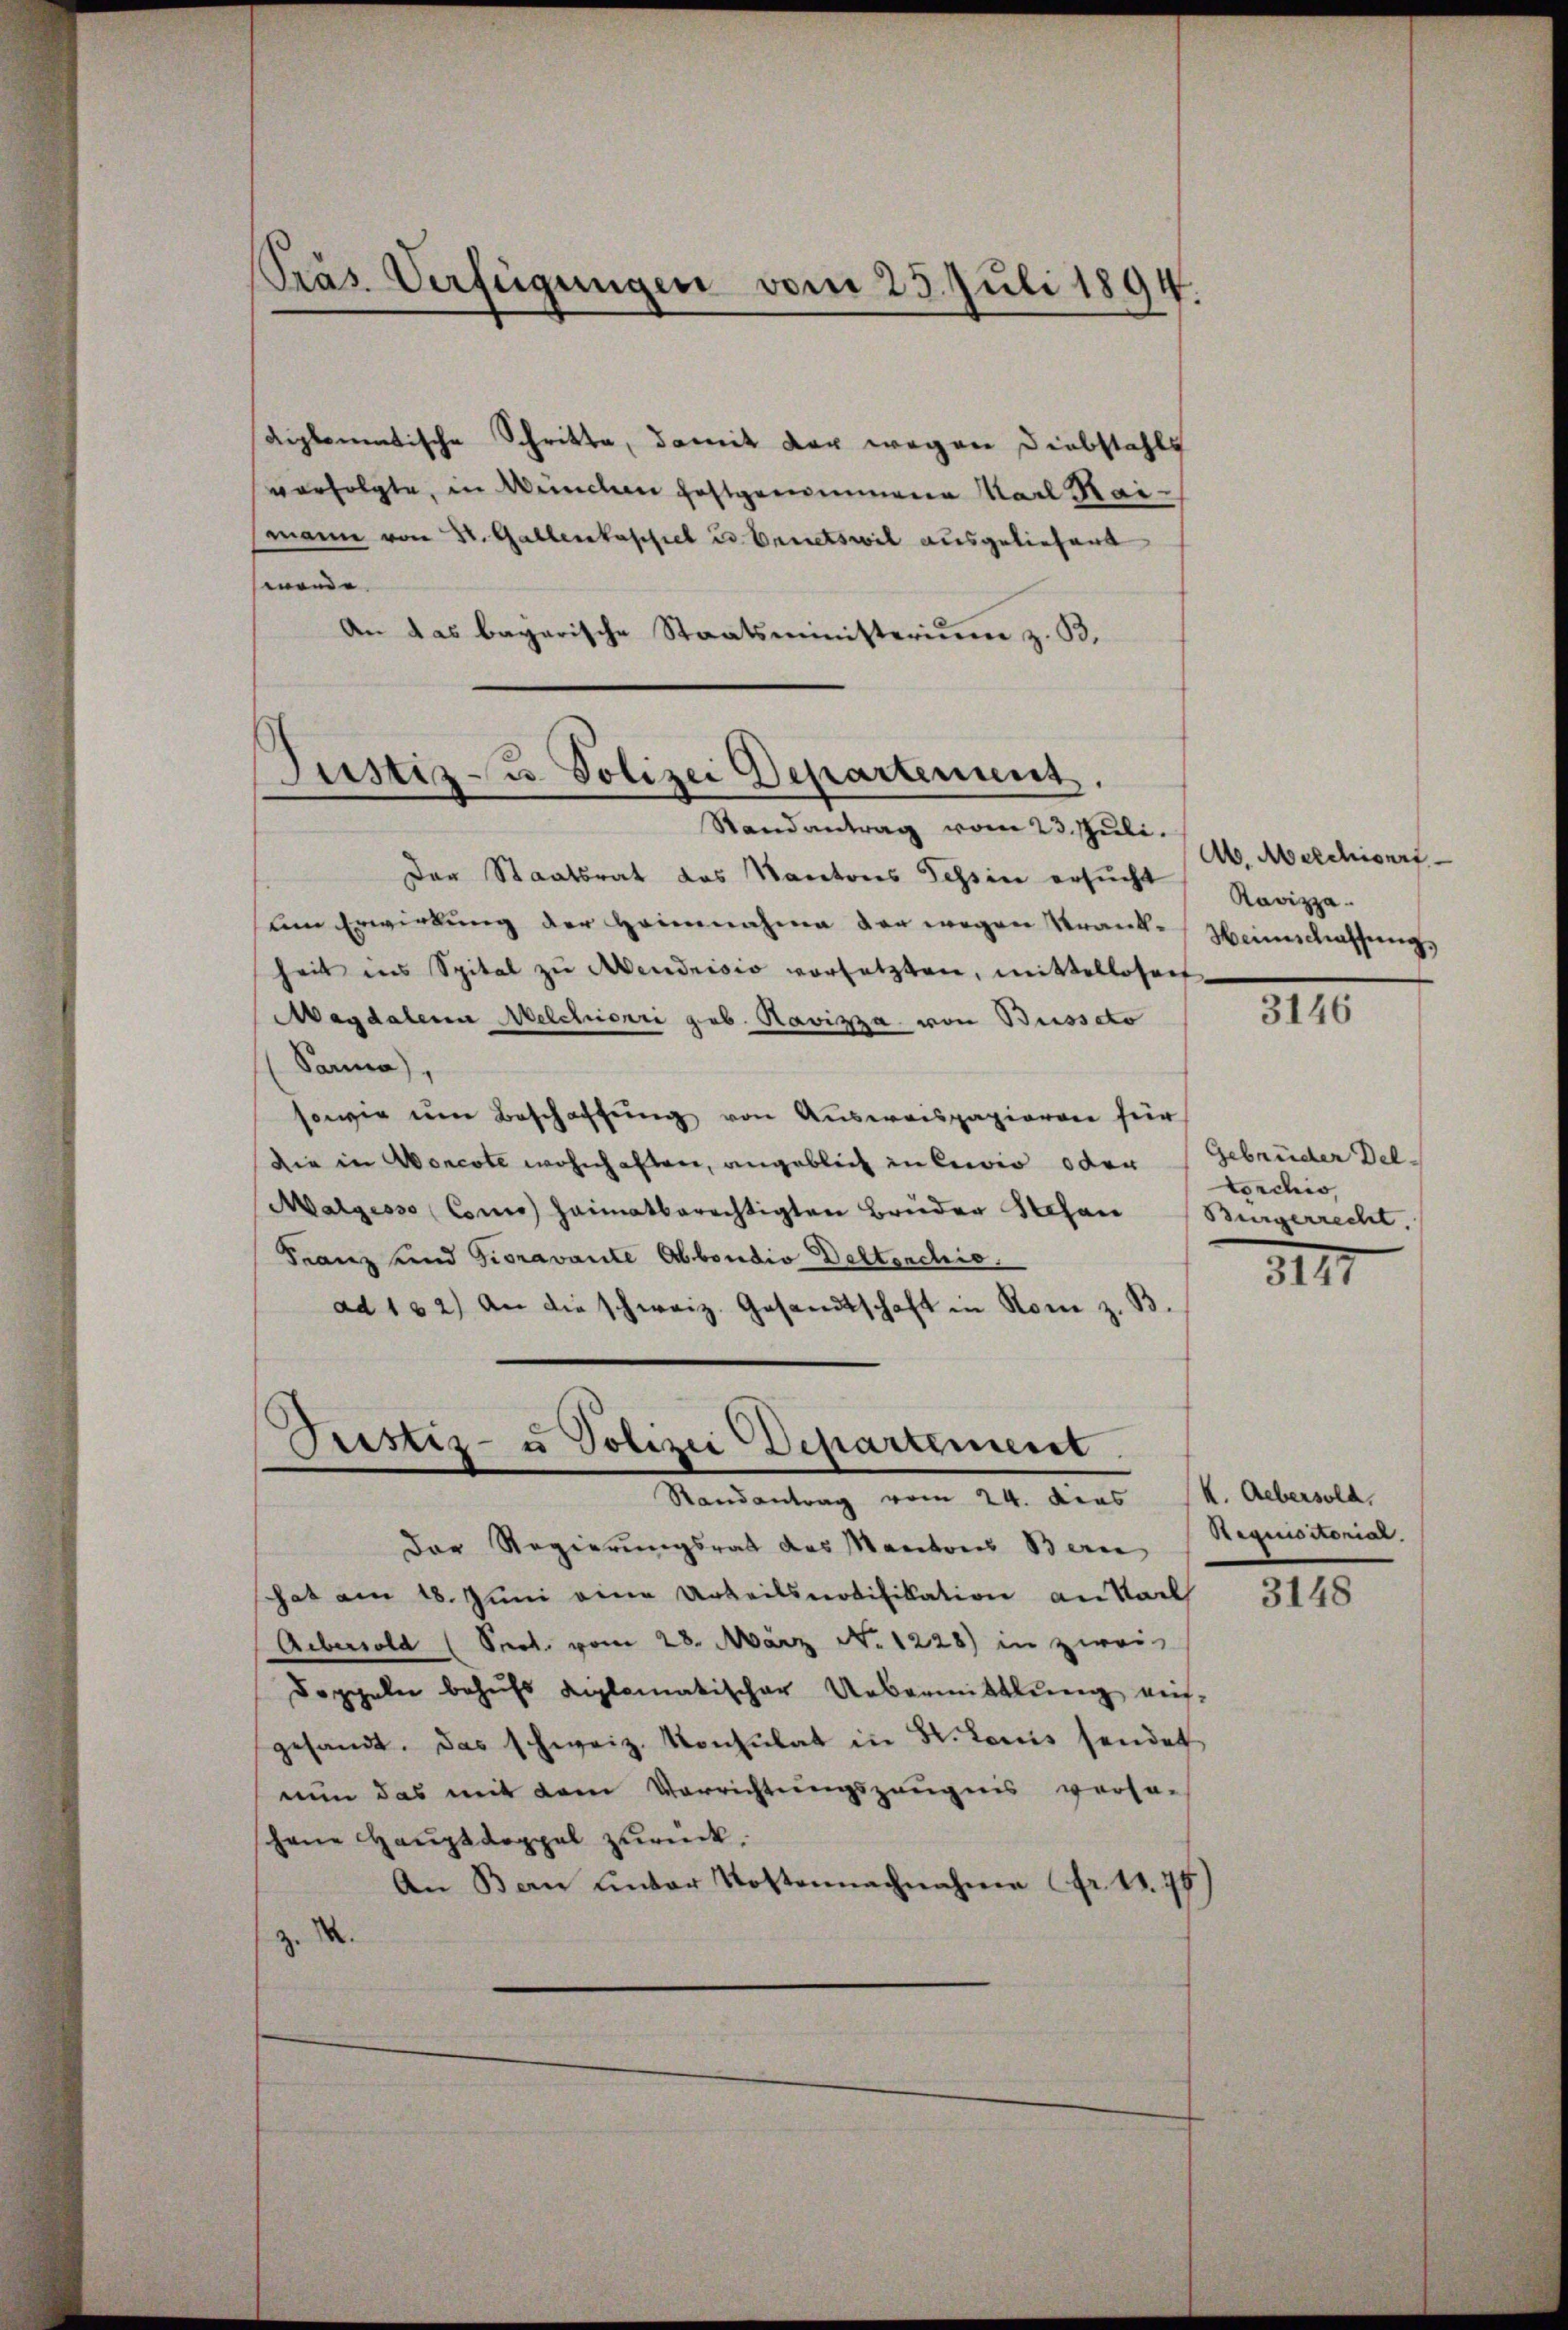
Pras. Verfügungen vom 23. Juli 1894.

diplomatische Schritte, damit der wegen Diebstahls
verfolgte, in Münden hoftgenommene Marl Kaimann von St. Gallenkapsel u. Ernetswil ausgeliefert
mande.
An das bayerische Staatsministerium z. B.

Justiz- u. Polizei Departement,

Randantrag vom 23. Juli.
Der Staatsrat das Kantons Tessin ersucht
An Erwirkung der Heinnahme der wegen Krank-Heimschaffung
heit ins Spital zŭ Abendrisis vorsetzten, mittellosen
Magdalena Melchiori geb. Ravizza von Busseto
Panna),
sowie um Beschaffung von Ausweispapieren für
die in Morcote wohnhaften, angeblich in Cecio oder Gebrüder Del¬
Malgesso Como heimatberechtigten Brüder Stefan Bürgerrecht,
Franz und Gioravante Abbondio Detterchio
ad 132) An die schweiz. Gesandtschaft in Rom z. B.

Pristiz- u Polizei Departement.
Randantrag vom 24. Das k. Aebersold.

Der Regierungsrat des Mantons Bern
hat am 18. Juni eine Urteilsnotifikation an Sach
Aeberold (Sept. vom 28. März No. 1228) in zwei
Doppeln behufs diplomatischer Uebermittlung ausgesandt. Das schweiz. Konsulat in St. Louis sendet
nun das mit dem Verrichtungszeugnis versa-
hene Hauptdoppel zurück,
An Bern unter Kostennachnahme (fr. 11. 75
Z. M.
z.

Ab. Abelchionrt
Ravizza.

3146

Lorchio,

3147

Reqioctorial.

3148